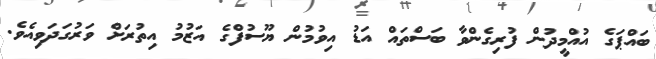
ބައްޕަގެ އުއްމީދުން ފުރިގެންވާ ބަސްތައް އަޑު އިވުމުން ޔޫސުފްގެ އަޒުމު އިތުރަށް ވަރުގަދަވިއެވެ.